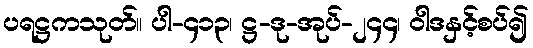
ပရဋ္ဌကသုတ်။ ပါ-၄၁၃၊ ဋ္ဌ-ဒု-အုပ်-၂၄၄၊ ဝါဒနှင့်စပ်၍